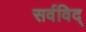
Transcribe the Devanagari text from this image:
सर्वविद्